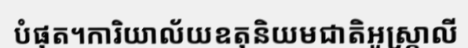
បំផុត។ការិយាល័យឧតុនិយមជាតិអូស្ត្រាលី